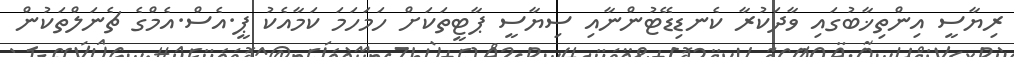
ރިޔާސީ އިންތިޚާބުގައި ވާދަކުރާ ކެނޑިޑޭޓުންނާއި ސިޔާސީ ޕާޓީތަކަށް ހަމަހަމަ ކަމާއެކު ޕީ.އެސް.އެމްގެ ޗެނަލްތަކުން